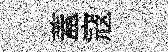
蓋寇